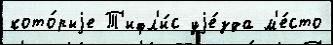
кото́рыjе Т'ифл'и́с уjе́зда м'е́сто